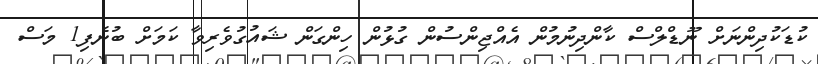
ކުޑަކުދިންނަށް ނޫޑްލްސް ކާންދިނުމުން އެއްޖިންސުން ގުޅުން ހިންގަން ޝައުގުވެރިވާ ކަމަށް ބުނެފި1 މަސް